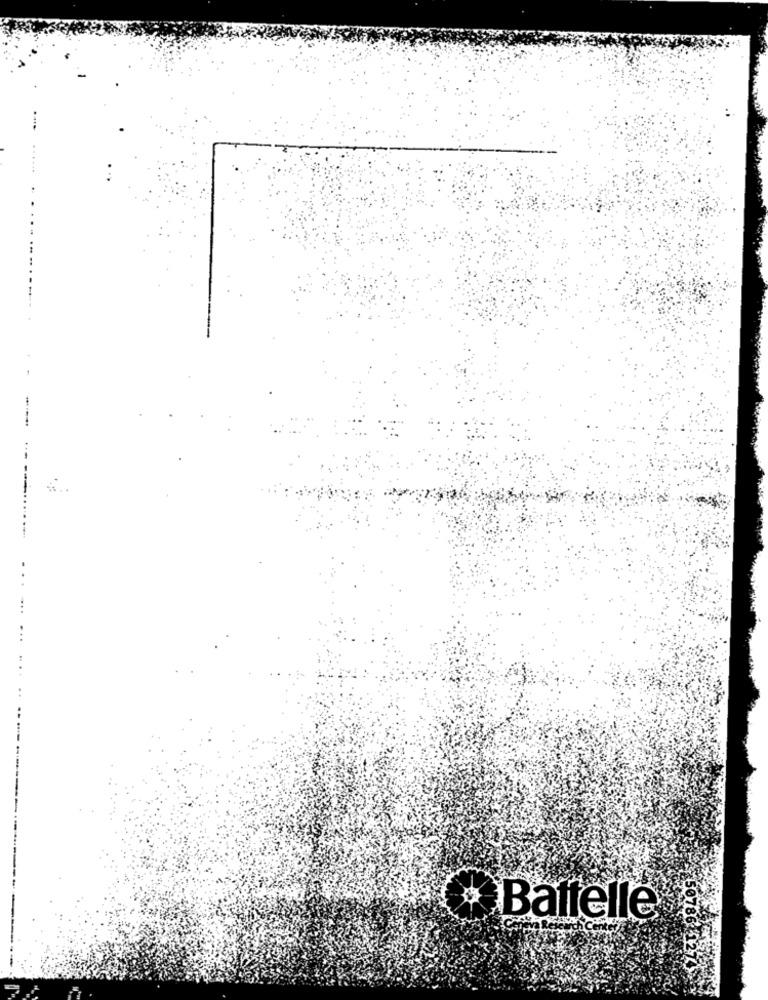
Baffelle
50786